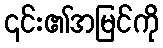
၎င်း၏အမြင်ကို